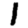
Digit: 1